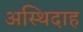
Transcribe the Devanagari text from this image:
अस्थिदाह